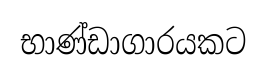
භාණ්ඩාගාරයකට